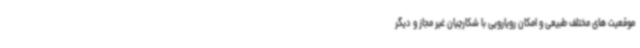
موقعیت های مختلف طبیعی و امکان رویارویی با شکارچیان غیر مجاز و دیگر